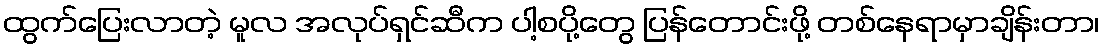
ထွက်ပြေးလာတဲ့ မူလ အလုပ်ရှင်ဆီက ပါ့စပို့တွေ ပြန်တောင်းဖို့ တစ်နေရာမှာချိန်းတာ၊